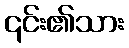
၎င်း၏သား